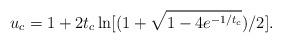
LaTeX: \begin{align*}u_c=1+2t_c\ln[(1+\sqrt{1-4e^{-1/t_c}})/2].\end{align*}